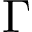
\Gamma